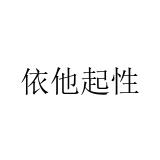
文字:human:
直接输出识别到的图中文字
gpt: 依他起性